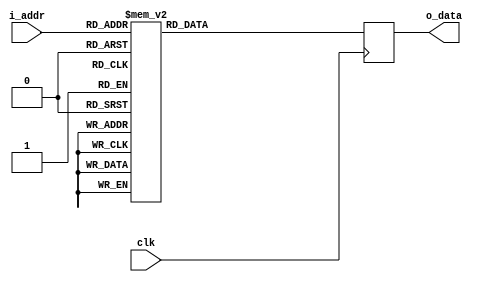
`timescale 1ns / 1ps
//////////////////////////////////////////////////////////////////////////////////
// Company: 
// Engineer: 
// 
// Design Name: 
// Module Name: rom
// Project Name: 
// Target Devices: 
// Tool Versions: 
// Description: 
// 
// Dependencies: 
// 
// Revision:
// Revision 0.01 - File Created
// Additional Comments:
// 
//////////////////////////////////////////////////////////////////////////////////


module rom #(
    parameter DATA_SIZE = 16,
              ADD_SIZE = 11,
              BLOCK_SIZE = 4
    )
    (
    output reg [DATA_SIZE-1:0] o_data,
    input clk,
    input [BLOCK_SIZE-1:0] i_addr
    );
    
    reg [DATA_SIZE-1:0] rom_pos;
   
    always @ (posedge clk)
    begin
        case (i_addr)
            4'b0000: o_data <= 16'b0000000000000000;
            4'b0001: o_data <= 16'b0001100000001000; //LDI 8
            4'b0010: o_data <= 16'b0011100000000100; //SUBI 4
            4'b0011: o_data <= 16'b0000100000000000; //STO 0
            4'b0100: o_data <= 16'b0010100000000001; // ADDI 1
            4'b0101: o_data <= 16'b0000100000000001; //STO 1
            4'b0110: o_data <= 16'b0001000000000000; //LD 0
            4'b0111: o_data <= 16'b0010000000000001; //ADD 1
            4'b1000: o_data <= 16'b0000100000000010; //STO 2
            4'b1001: o_data <= 16'b0001000000000001; //LD 1
            4'b1010: o_data <= 16'b0011000000000000; //SUB 0
            4'b1011: o_data <= 16'b0000000000000000;
            default: o_data <= 16'b0000000000000000;
        endcase
    end
endmodule